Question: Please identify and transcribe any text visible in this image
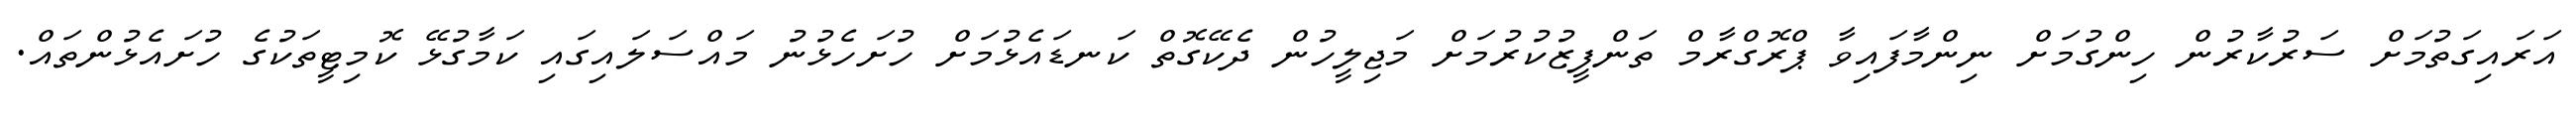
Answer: އަރައިގަތުމަށް ސަރުކާރުން ހިންގުމަށް ނިންމާފައިވާ ޕްރޮގްރާމް ތަންފީޒުކުރުމަށް މަޖިލީހުން ދެކޭގޮތް ކަނޑައެޅުމަށް ހުށަހެޅުނު މައްސަލައިގައި ކަމާގުޅޭ ކޮމިޓީތަކުގެ ހުށައެޅުންތައް.